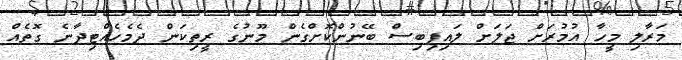
މަރާލި މީހާ އުމުރަށް ޖަލަށް ލައިފިބިސް ބޭނުންކޮށްގެން މޫނުގެ ރީތިކަން ދެމެހެއްޓިދާނެ ގޮތެއް